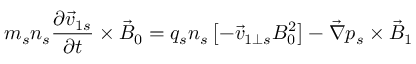
m _ { s } n _ { s } \frac { \partial \vec { v } _ { 1 s } } { \partial t } \times \vec { B } _ { 0 } = q _ { s } n _ { s } \left[ - \vec { v } _ { 1 \perp s } B _ { 0 } ^ { 2 } \right] - \vec { \nabla } p _ { s } \times \vec { B } _ { 1 }